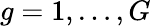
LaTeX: g=1,\ldots,G